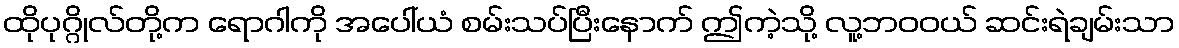
ထိုပုဂ္ဂိုလ်တို့က ရောဂါကို အပေါ်ယံ စမ်းသပ်ပြီးနောက် ဤကဲ့သို့ လူ့ဘဝဝယ် ဆင်းရဲချမ်းသာ